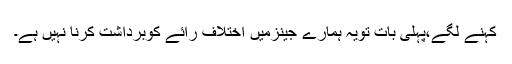
کہنے لگے،پہلی بات تویہ ہمارے جینزمیں اختلاف رائے کوبرداشت کرنا نہیں ہے۔